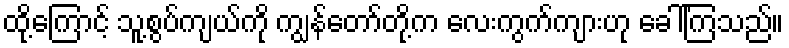
ထို့ကြောင့် သူ့စွပ်ကျယ်ကို ကျွန်တော်တို့က လေးကွက်ကျားဟု ခေါ်ကြသည်။